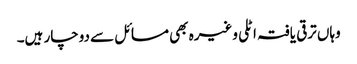
وہاں ترقی یافتہ اٹلی وغیرہ بھی مسائل سے دوچار ہیں۔